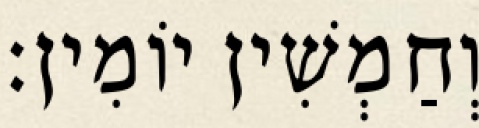
וְחַמְשִׁין יוֹמִין׃